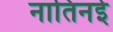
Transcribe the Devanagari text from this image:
नातिनई